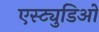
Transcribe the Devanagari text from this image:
एस्ट्युडिओ